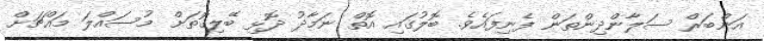
އަންބަރް ސަލާންދިންތަން ފެނިފައެވެ. ބޮލުގައި އޮތް ނަމާދު ދޮޅި ބޭލިގޮތަށް މުސައްލަ މައްޗަށް